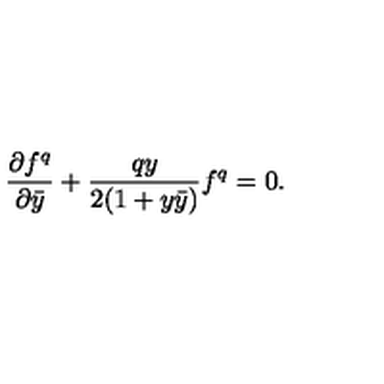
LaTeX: { \frac { \partial f ^ { q } } { \partial \bar { y } } } + { \frac { q y } { 2 ( 1 + y \bar { y } ) } } f ^ { q } = 0 .